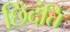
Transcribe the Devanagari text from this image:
छिंदंति